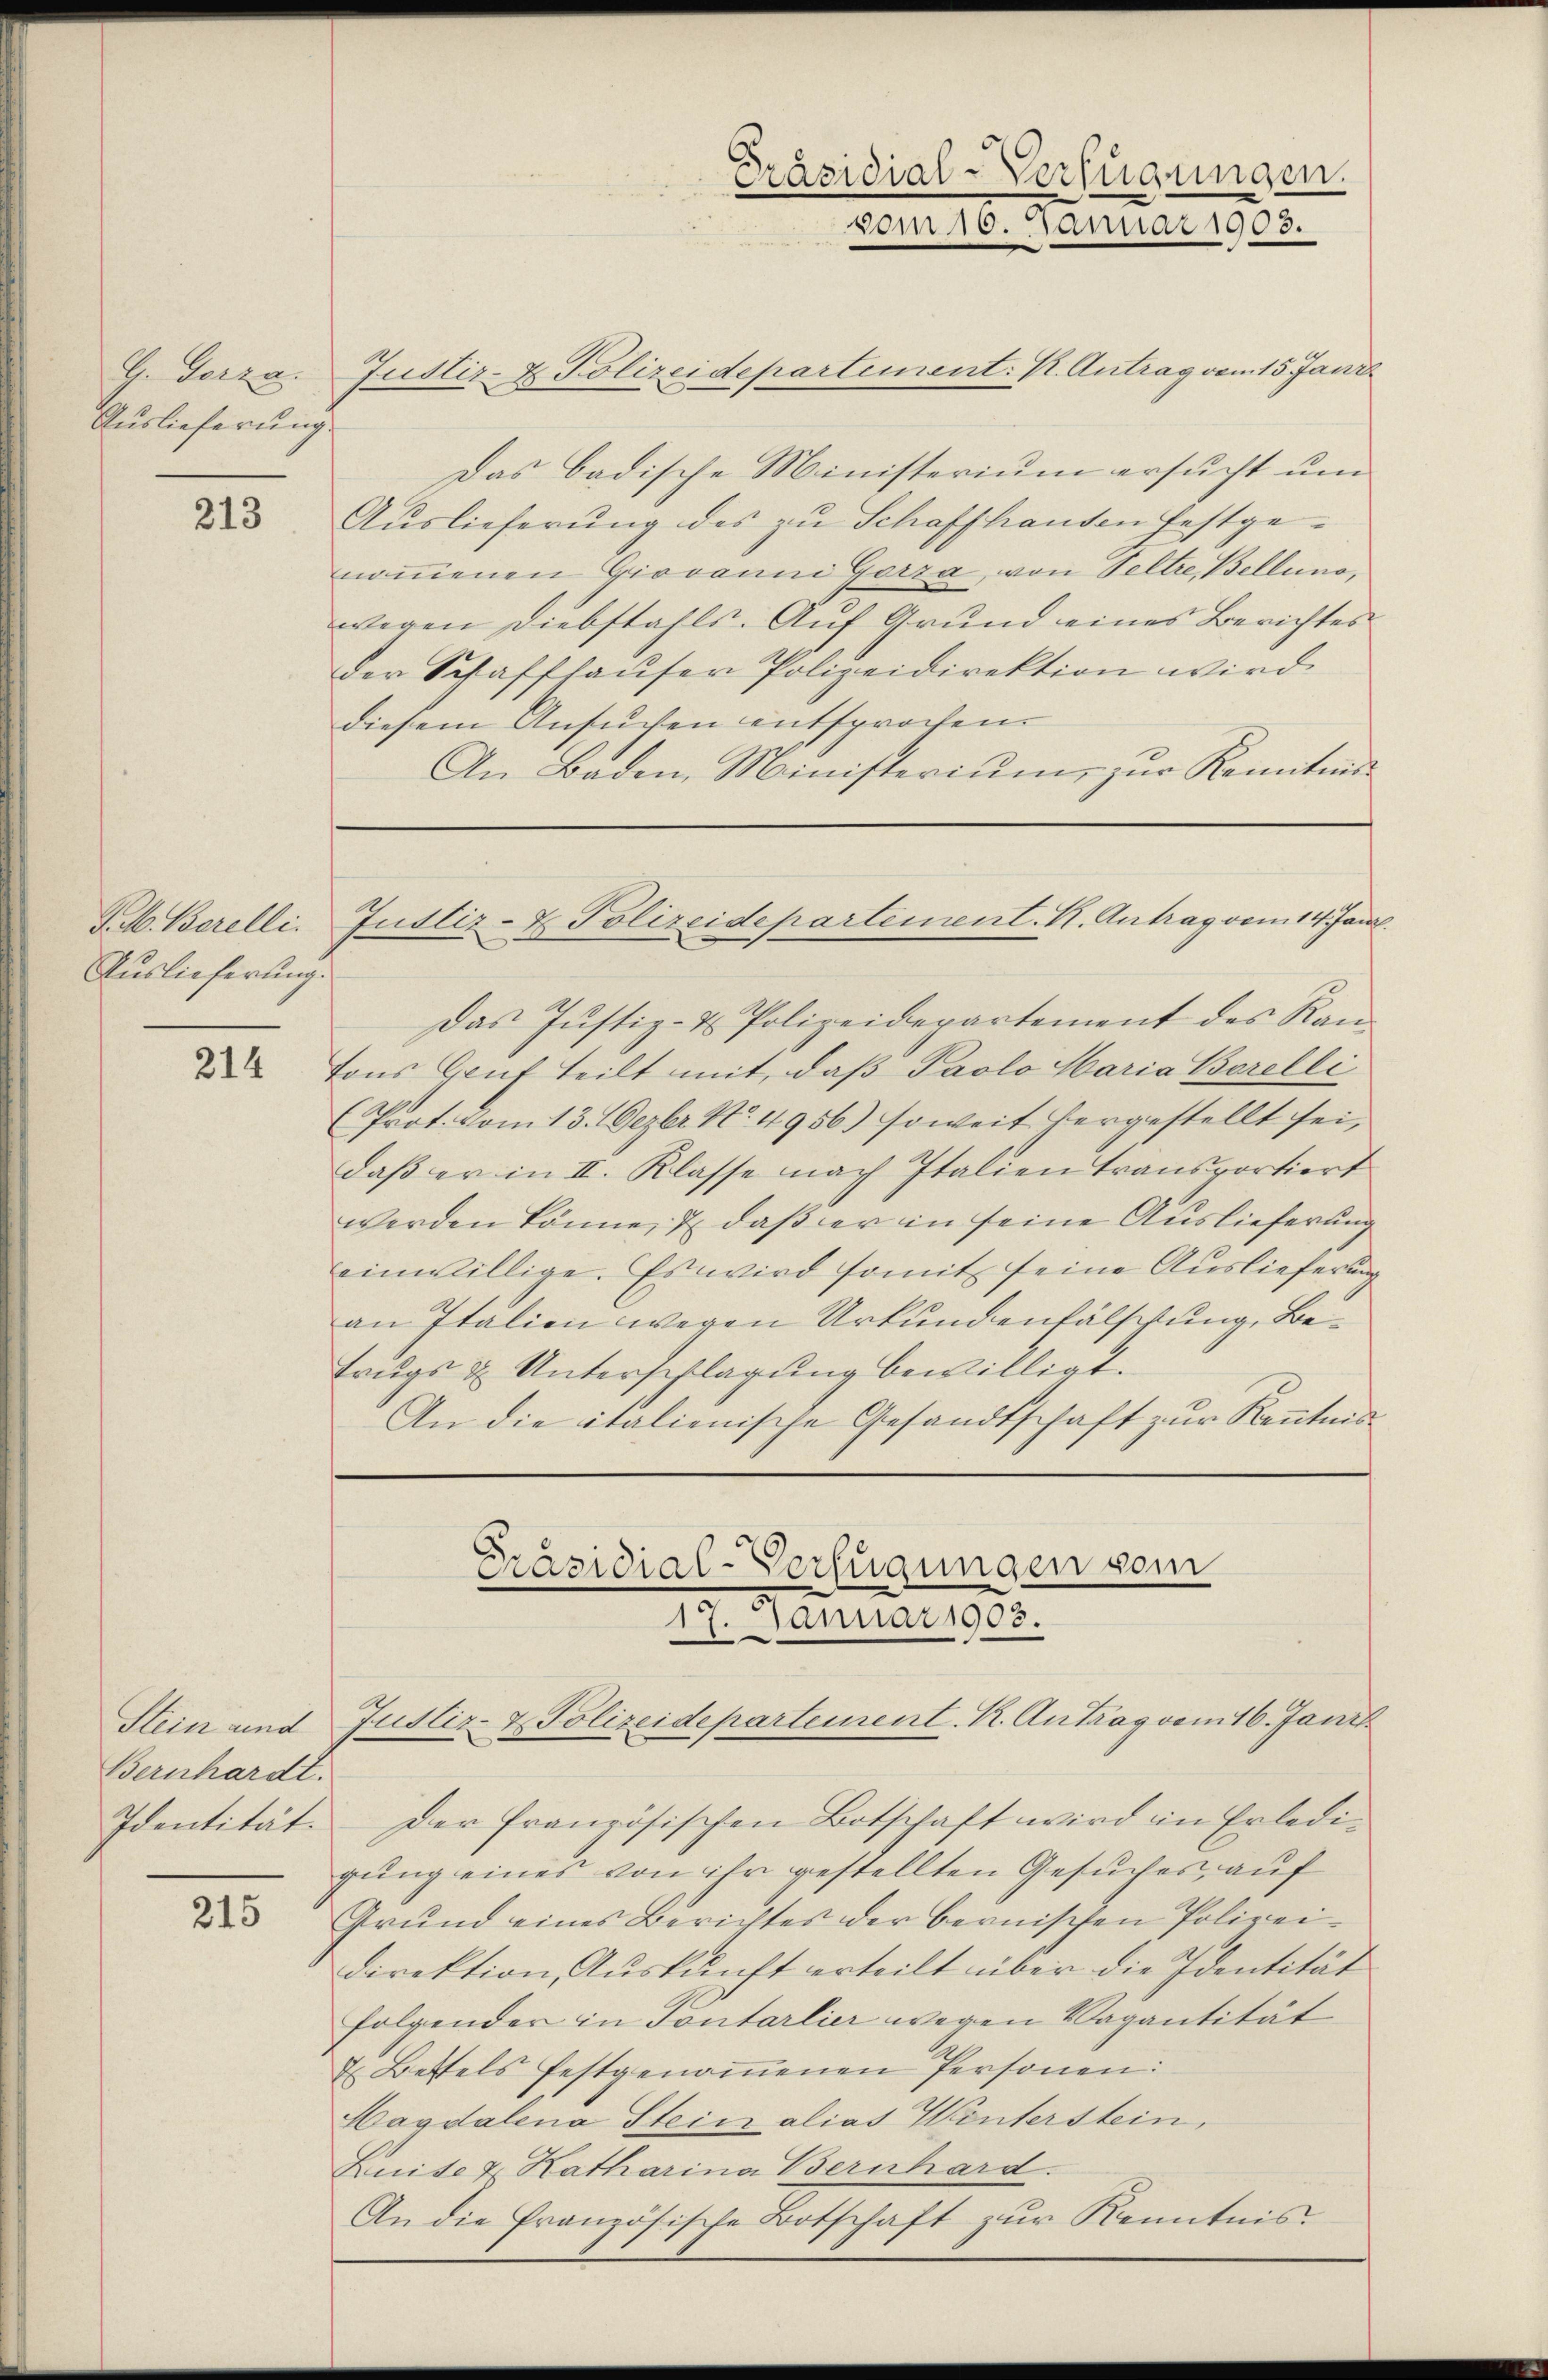
Auslieferung

213

J. M. Berelli
Auslieferung.

214

Bernhardt.

215

G. Gerza. Justiz- & Polizeidepartement: K. Antrag vom 15. Jani
Das badische Ministerium ersucht um
Auslieferung des zu Schaffhausen festgenoṁenen Giovanni Gorza von Seltre, Bellino,
wegen Diebstahls. Auf Grund eines Berichtes
der Schaffhauser Polizeidirektion wird
diesem Ansuchen entsprochen.
An Baden, Ministerium zur Kenntnis

Das Justiz- & Polizeidepartement des Kantons Genf teilt mit, daß Paolo Maria Borelli
(Prot. vom 13. Dezbr. No. 4956) soweit hergestellt sei,
daß er in II. Klasse nach Italien Transportiert
werden könne, & daß der in seine Auslieferung
einwillige. Es wird somit seine Auslieferung
an Italien wegen Urkundenfälschung, Betrugs & Unterschlagung bewilligt.
An die italienische Gesandtschaft zur Kenntn
Präsidial-Verfügungen vom

Präsidial-Verfügungen.
vom 10. Januar 1903.

Justiz- & Polizeidepartement. K. Antrag vom 14. Jan.

Identität. Der französischen Botschaft wird in Erledigung eines von ihr gestellten Gesuches, auf
Grund eines Berichtes der bernischen Polizeidirektion, Auskunft erteilt über die Identität
folgender in Tontarlier wegen Vagantität
Bettels festgenoṁenen Personen:
Magdalena Stein alias Winterstein,
Luise v. Katharina Bernhard.
An die französische Botschaft zŭr Kenntnis

17. Januar 1903.
Stein und Justiz- & Polizeidepartement. K. Antrag vom 16. Janz.